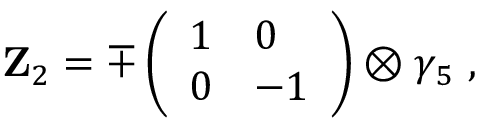
{ \bf Z } _ { 2 } = \mp \left( \begin{array} { l l } { { 1 } } & { { 0 } } \\ { { 0 } } & { { - 1 } } \end{array} \right) \otimes \gamma _ { 5 } \ ,